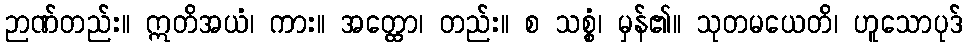
ဉာဏ်တည်း။ ဣတိအယံ၊ ကား။ အတ္ထော၊ တည်း။ စ သစ္စံ၊ မှန်၏။ သုတမယေတိ၊ ဟူသောပုဒ်